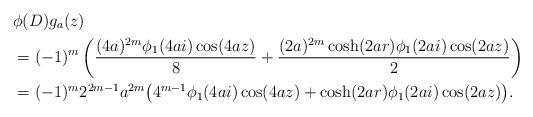
LaTeX: \begin{align*}&\phi(D)g_a(z) \\& =(-1)^{m} \left( \frac{(4a)^{2m} \phi_1(4ai) \cos(4az)}{8} + \frac{(2a)^{2m} \cosh(2ar)\phi_1(2ai)\cos(2az)}{2}\right) \\& =(-1)^m 2^{2m-1} a^{2m} \big( 4^{m-1} \phi_1(4ai) \cos(4az) + \cosh(2ar)\phi_1(2ai) \cos(2az)\big).\end{align*}